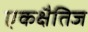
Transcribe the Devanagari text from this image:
एकक्षैतिज